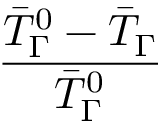
\frac { \bar { T } _ { \Gamma } ^ { 0 } - \bar { T } _ { \Gamma } } { \bar { T } _ { \Gamma } ^ { 0 } }